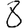
Digit: 8